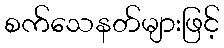
စက်သေနတ်များဖြင့်